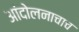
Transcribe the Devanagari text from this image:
आंदोलनाचाच